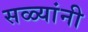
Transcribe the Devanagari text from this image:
सळ्यांनी